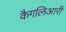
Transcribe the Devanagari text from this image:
कैगलिआरी